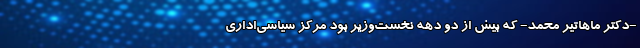
-دکتر ماهاتیر محمد- که بیش از دو دهه نخست‌وزیر بود مرکز سیاسی‌اداری